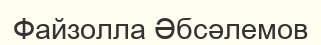
Файзолла Әбсәлемов